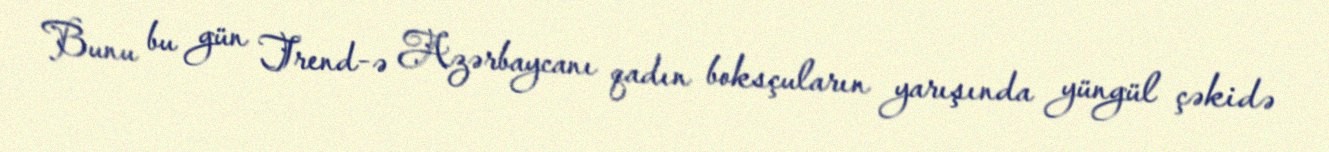
Bunu bu gün Trend-ə Azərbaycanı qadın boksçuların yarışında yüngül çəkidə